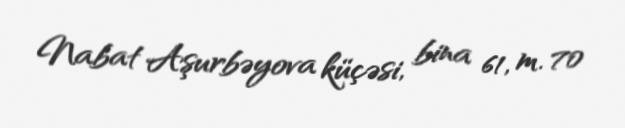
Nabat Aşurbəyova küçəsi, bina 61, m. 70